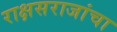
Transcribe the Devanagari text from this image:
राक्षसराजांचा